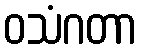
ဝသံဂတာ